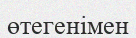
өтегенімен